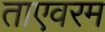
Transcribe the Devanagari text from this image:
ताएवरम